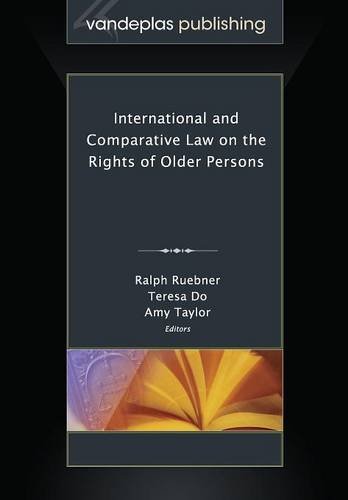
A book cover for International and Comparative Law on the Rights of Older Persons; Law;